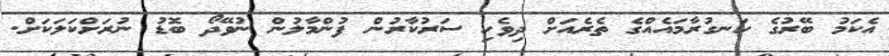
އެކަމު ބޭރުގެ ހަނގުރާމައެއްގެ ތެރެއަށް ދިވެހި ސަރުކާރުން ފުންމާލުން ނުވޭދޯ ބޮޑު ނުރަށްކަލަކަށް.